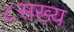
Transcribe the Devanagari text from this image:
८सख्य